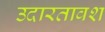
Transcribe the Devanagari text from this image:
उदारतावश